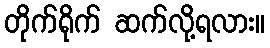
တိုက်ရိုက် ဆက်လို့ရလား။